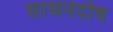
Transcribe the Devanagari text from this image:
साधनदोष